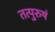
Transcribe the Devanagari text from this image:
तत्पुरुषं